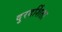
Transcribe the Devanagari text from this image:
दुरदर्शिता